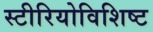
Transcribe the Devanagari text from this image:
स्टीरियोविशिष्ट